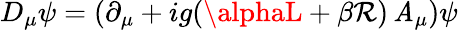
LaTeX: D_{\mu}\psi=(\partial_{\mu}+ig(\alphaL+\beta\mathcal{R})\, \mathit{A}_{\mu})\psi